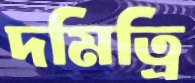
দমিত্রি